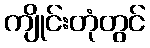
ကျိုင်းတုံတွင်